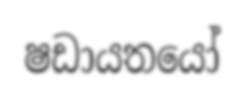
ෂඩායතයෝ